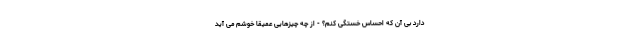
دارد بی آن که احساس خستگی کنم؟ - از چه چیزهایی عمیقاً خوشم می آید